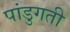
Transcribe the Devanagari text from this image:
पांडुगती